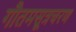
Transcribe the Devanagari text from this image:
गौतमसूत्रचरण